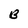
Character: B